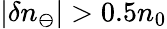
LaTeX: |\delta n_{\ominus}|>0.5n_{0}